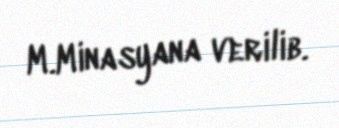
M.Minasyana verilib.